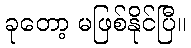
ခုတော့ မဖြစ်နိုင်ပြီ။